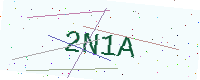
Text: 2N1A